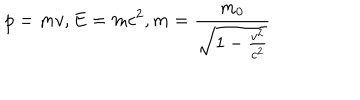
p = m v , E = m c ^ { 2 } , m = \frac { m _ { 0 } } { \sqrt { 1 - \frac { v ^ { 2 } } { c ^ { 2 } } } }